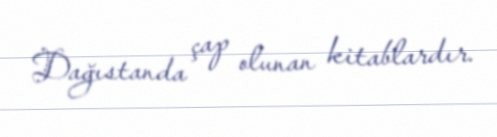
Dağıstanda çap olunan kitablardır.